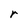
Character: r